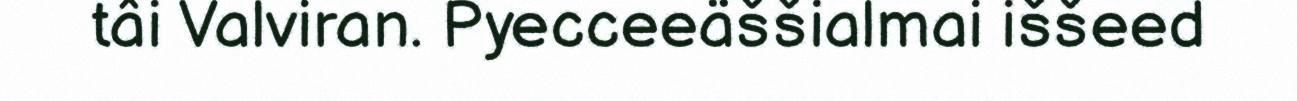
tâi Valviran. Pyecceeäššialmai iššeed